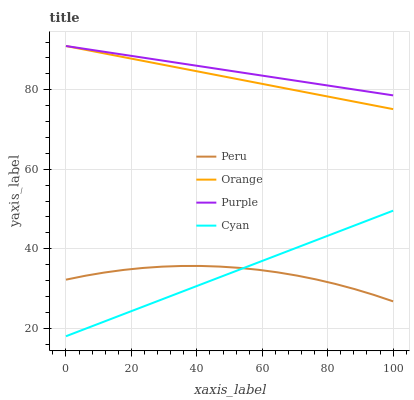
| xaxis_label | Peru | Orange | Purple | Cyan |
 | --- | --- | --- | --- | --- |
 | 0 | 32.2 | 91 | 91 | 18 |
 | 5.88 | 33.2 | 90.1 | 90.3 | 19.9 |
 | 11.8 | 34 | 89.1 | 89.5 | 21.7 |
 | 17.6 | 34.7 | 88.2 | 88.8 | 23.6 |
 | 23.5 | 35.2 | 87.3 | 88.1 | 25.4 |
 | 29.4 | 35.5 | 86.3 | 87.3 | 27.3 |
 | 35.3 | 35.7 | 85.4 | 86.6 | 29.1 |
 | 41.2 | 35.7 | 84.5 | 85.9 | 31 |
 | 47.1 | 35.5 | 83.5 | 85.2 | 32.9 |
 | 52.9 | 35.2 | 82.6 | 84.4 | 34.7 |
 | 58.8 | 34.7 | 81.7 | 83.7 | 36.6 |
 | 64.7 | 34.1 | 80.7 | 83 | 38.4 |
 | 70.6 | 33.3 | 79.8 | 82.2 | 40.3 |
 | 76.5 | 32.3 | 78.9 | 81.5 | 42.2 |
 | 82.4 | 31.2 | 77.9 | 80.8 | 44 |
 | 88.2 | 29.9 | 77 | 80 | 45.9 |
 | 94.1 | 28.4 | 76.1 | 79.3 | 47.7 |
 | 100 | 26.8 | 75.1 | 78.6 | 49.6 |